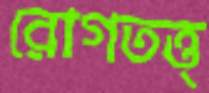
রোগতত্ত্